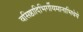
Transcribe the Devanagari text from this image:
वसिष्ठादिभिर्गीयमानाभिधेये